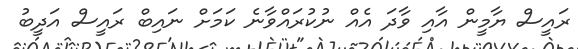
ރައީސް ޔާމީން އާއި ވާދަ އެއް ނުކުރައްވާނެ ކަމަށް ނައިބް ރައީސް އަދީބު